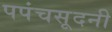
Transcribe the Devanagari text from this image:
पपंचसूदनी